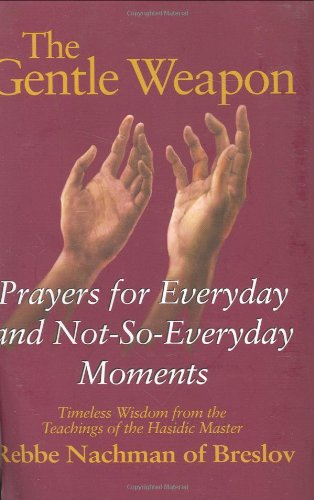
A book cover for The Gentle Weapon: Prayers for Everyday and Not-so-Everyday Moments: Timeless Wisdom from Rebbe Nachman of Breslov; Rebbe Nachman; Religion & Spirituality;